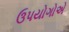
ઉપયોગોએ